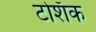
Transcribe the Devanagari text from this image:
टोशॅक